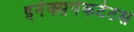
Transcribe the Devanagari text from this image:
इनेक्सपेकटेटस